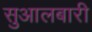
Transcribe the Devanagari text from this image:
सुआलबारी